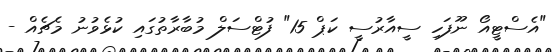
"އެސްޓީއޯ ނޫފަހި ސީއާރުސީ ކަޕް 15" ފުޓްސަލް މުބާރާތުގައި ކުޅެވުނު މެޗެއް -